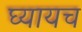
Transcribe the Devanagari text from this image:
घ्यायच